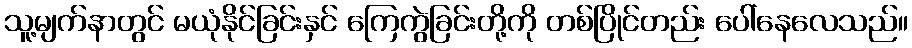
သူ့မျက်နာတွင် မယုံနိုင်ခြင်းနှင် ကြေကွဲခြင်းတို့ကို တစ်ပြိုင်တည်း ပေါ်နေလေသည်။